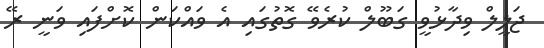
ޖަލީލް ވިދާޅުވީ ގަބޫލް ކުރެވޭ ގޮތުގައި އެ ވައްކަން ކޮށްފައި ވަނީ ރޭ